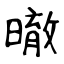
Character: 㬚